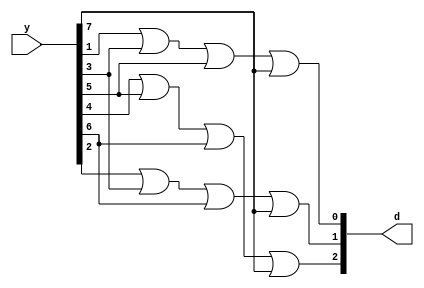
module encoder_8_3(
	input [7:0]y,
	output reg [2:0]d
);

always @(y) begin
	
	d[2] = y[4] | y[5] | y[6] | y[7];
	d[1] = y[2] | y[3] | y[6] | y[7];
	d[0] = y[1] | y[3] | y[5] | y[7];

end 	
endmodule